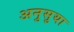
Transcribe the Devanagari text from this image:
अनुसुया